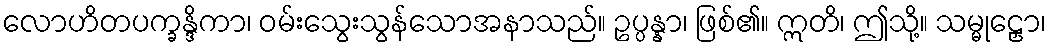
လောဟိတပက္ခန္ဒိကာ၊ ဝမ်းသွေးသွန်သောအနာသည်။ ဥပ္ပန္နာ၊ ဖြစ်၏။ ဣတိ၊ ဤသို့။ သမ္မုဠှော၊